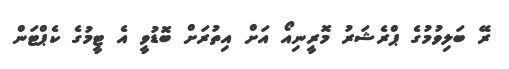
ރޭ ބަލިވުމުގެ ޕްރެޝަރު މޮރީނިއޯ އަށް އިތުރަށް ބޮޑުވީ އެ ޓީމުގެ ކެޕްޓަން